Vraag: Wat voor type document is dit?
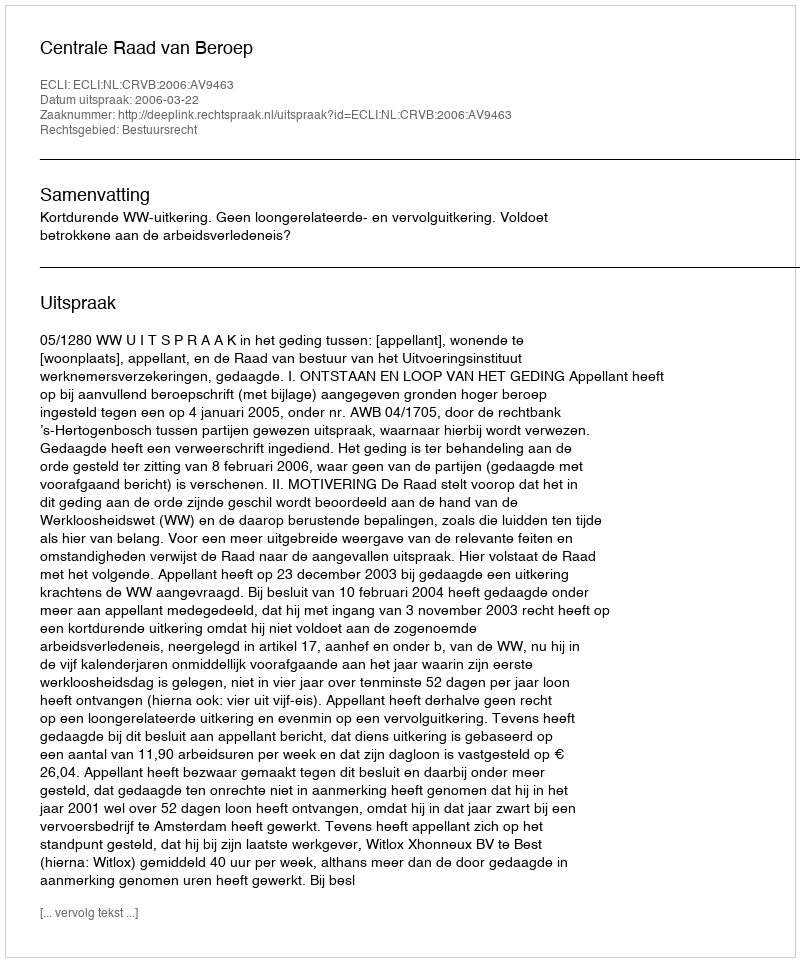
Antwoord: Uitspraak